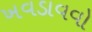
ખવડાવવો